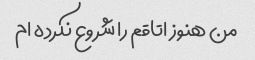
من هنوز اتاقم را شروع نکرده ام